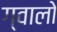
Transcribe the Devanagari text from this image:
ग्‍वालो